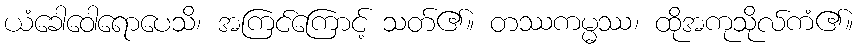
ယံခေါဝေါရောပေသိ၊ အကြင်ကြောင့် သတ်၏။ တဿကမ္မဿ၊ ထိုအကုသိုလ်ကံ၏။